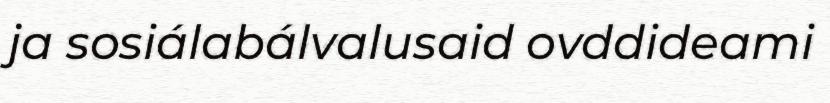
ja sosiálabálvalusaid ovddideami